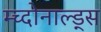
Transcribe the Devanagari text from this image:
म्च्दोनाल्ड्स